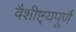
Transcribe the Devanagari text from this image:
वैशीष्ट्यपूर्ण